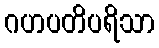
ဂဟပတိပရိသာ